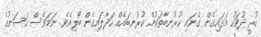
ކުރީ ދުވަހު އަޅައިގެން ގެނައި ކުރުނބާތަކުން ކުރުނބައެއް ހަދާލައިގެން ބޯލިއެވެ. ނަމަވެސް ހަސަނުގެ